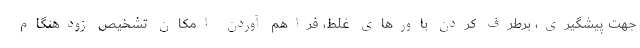
جهت پیشگیری، برطرف کردن باورهای غلط، فراهم آوردن امکان تشخیص زودهنگام